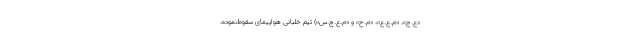
«ع.ج»، «م.ع.ع»، «م.ح» و «م.ع.چ.س») تیم خلبانی هواپیمای سقوط‌نموده،